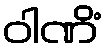
ဝါဏိံ